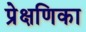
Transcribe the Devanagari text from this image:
प्रेक्षणिका